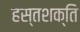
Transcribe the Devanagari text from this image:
हस्तशक्ति